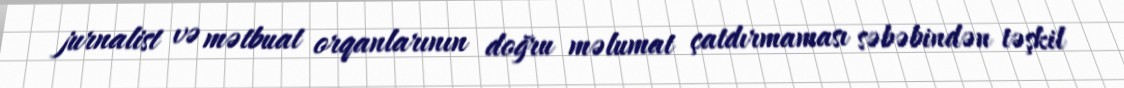
jurnalist və mətbuat orqanlarının doğru məlumat çatdırmaması səbəbindən təşkil